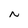
Character: N